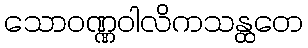
သောဝဏ္ဏဝါလိကသန္ထတေ